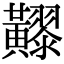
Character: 𪏧